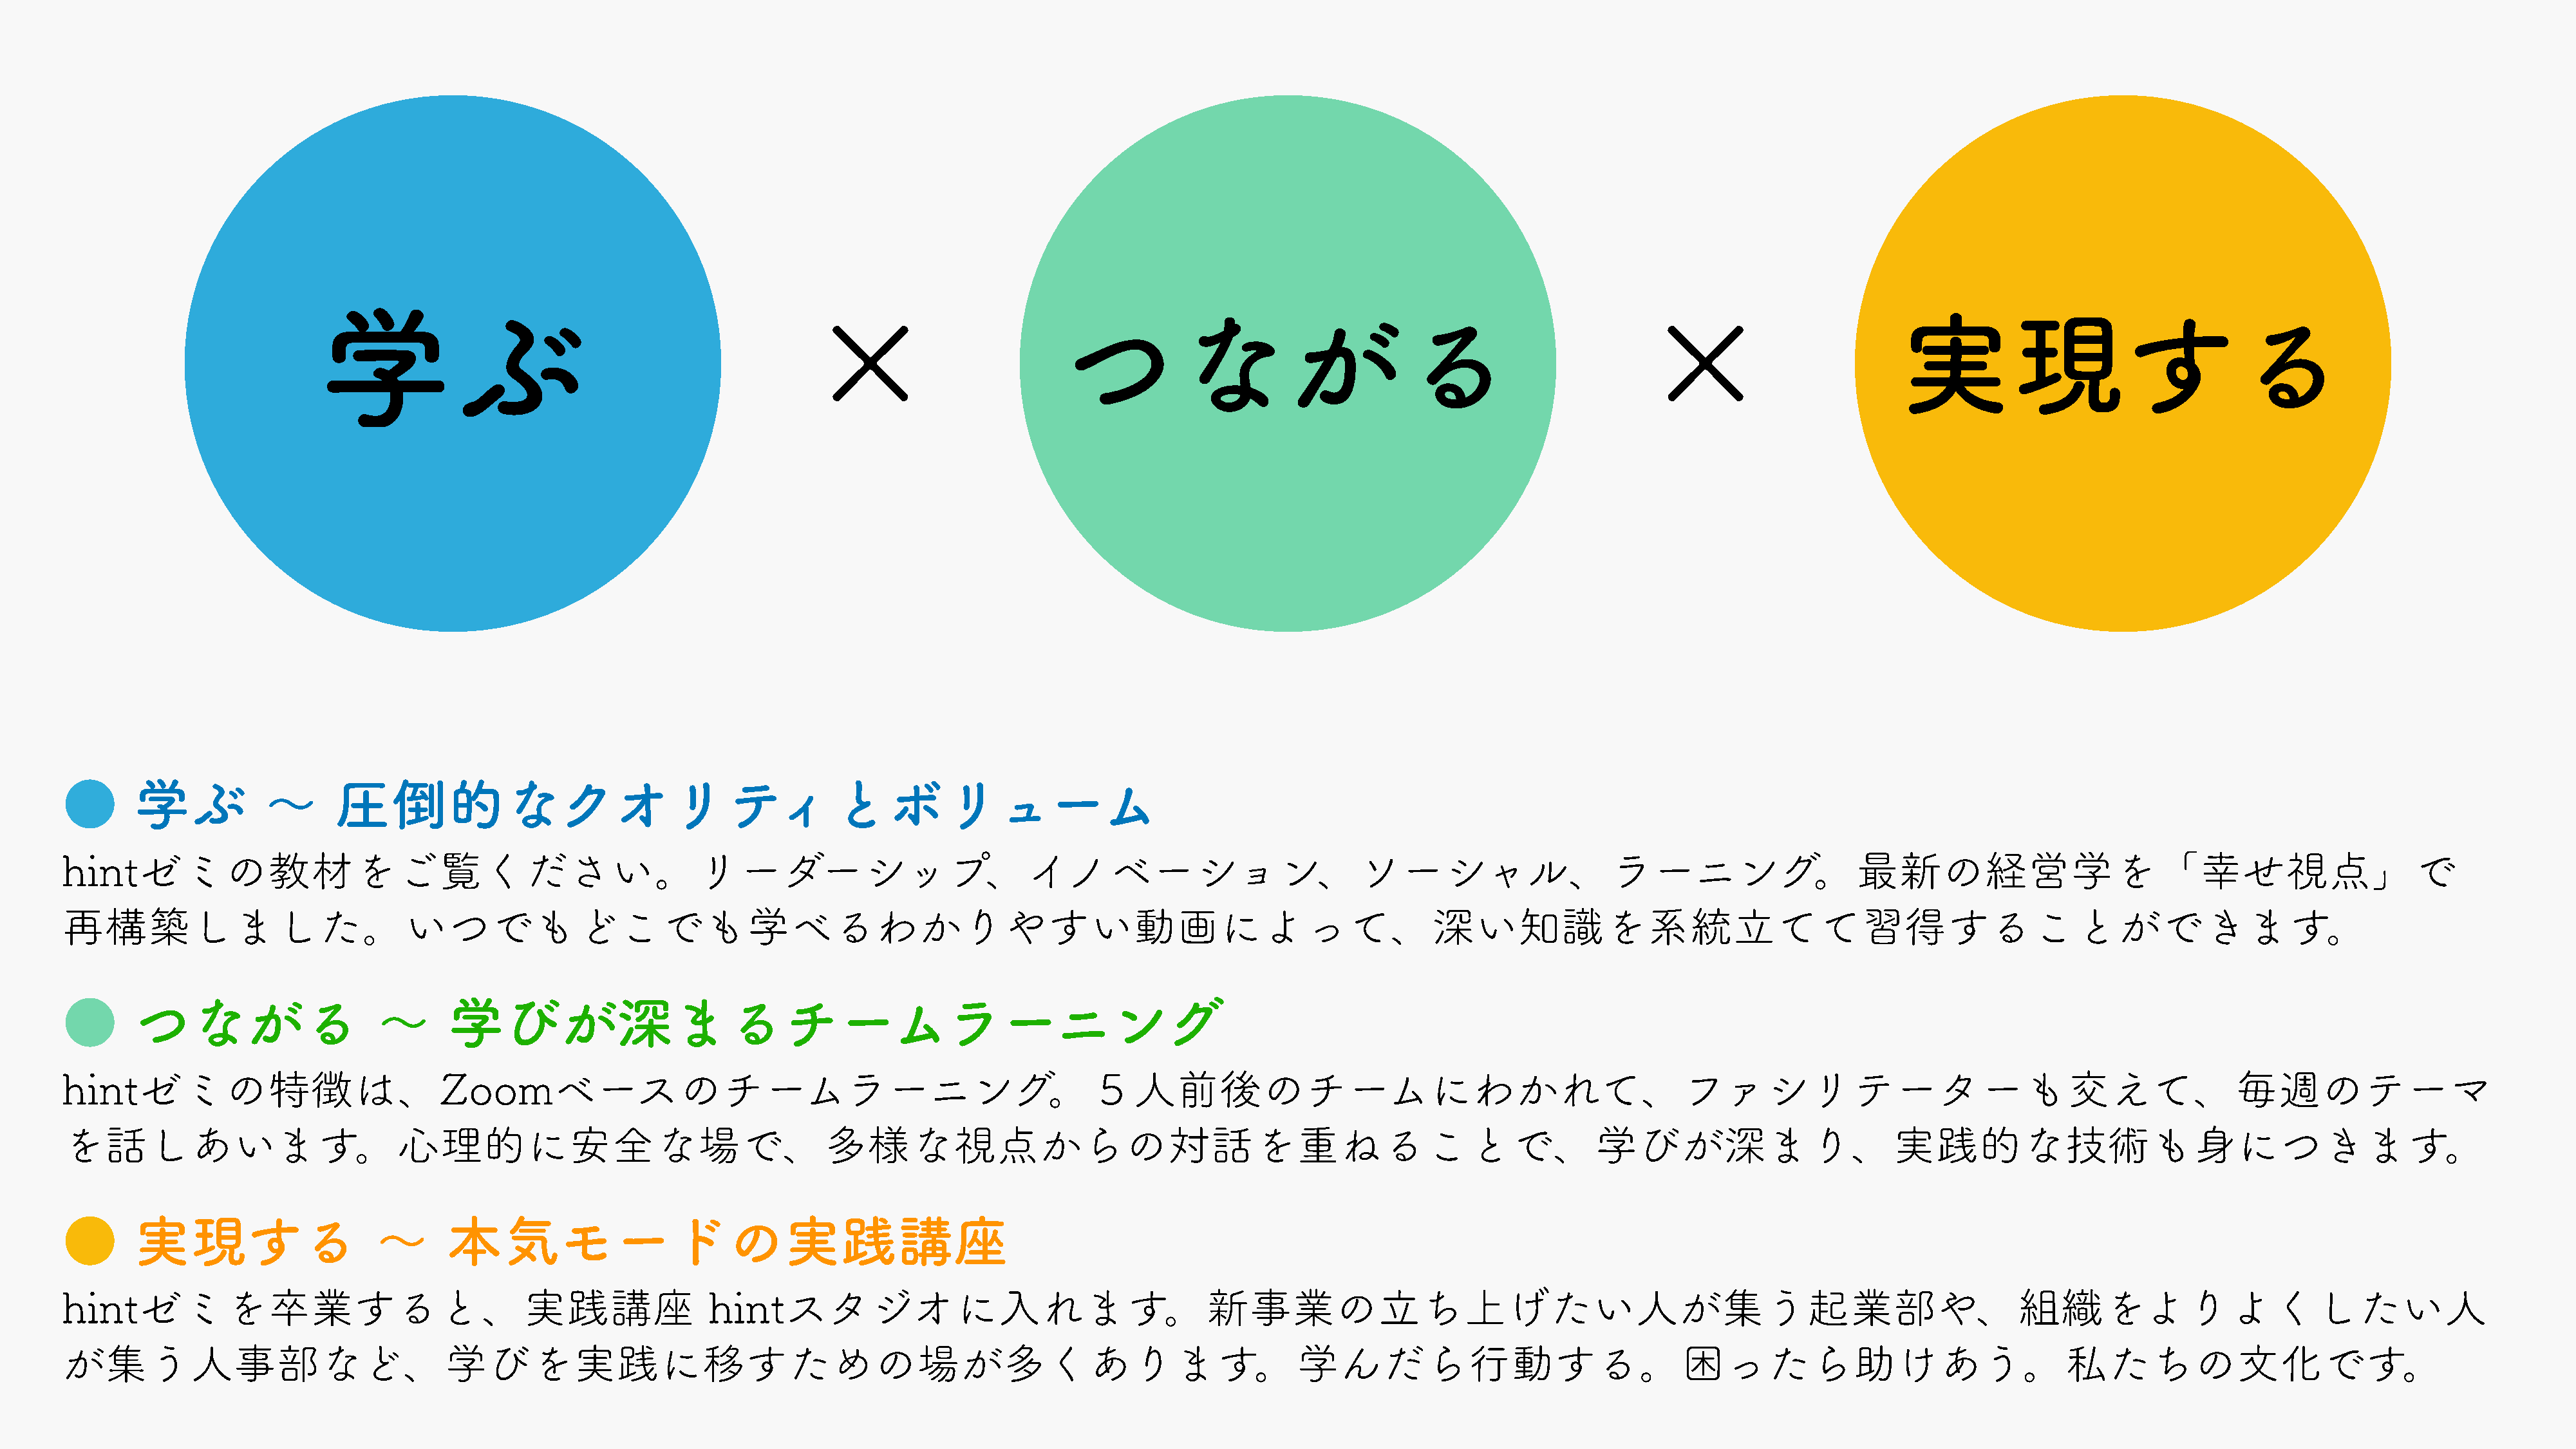
×                                                                                     ×
 学ぶ
 つながる                                                                                  実現する
 ●       学ぶ           〜      圧倒的なクオリティとボリューム
 hintゼミの教材をご覧ください。リーダーシップ、イノベーション、ソーシャル、ラーニング。最新の経営学を「幸せ視点」で
 再構築しました。いつでもどこでも学べるわかりやすい動画によって、深い知識を系統立てて習得することができます。
 ●       つながる                     〜      学びが深まるチームラーニング
 hintゼミの特徴は、Zoomベースのチームラーニング。５人前後のチームにわかれて、ファシリテーターも交えて、毎週のテーマ
 を話しあいます。心理的に安全な場で、多様な視点からの対話を重ねることで、学びが深まり、実践的な技術も身につきます。
 ●       実現する                    〜       本気モードの実践講座
 hintゼミを卒業すると、実践講座                                                  hintスタジオに入れます。新事業の立ち上げたい人が集う起業部や、組織をよりよくしたい人
 が集う人事部など、学びを実践に移すための場が多くあります。学んだら行動する。困ったら助けあう。私たちの文化です。